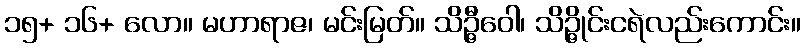
၁၅+ ၁၆+ လော။ မဟာရာဇ၊ မင်းမြတ်။ သိဉ္ဇီဝေါ၊ သိဉ္ဇိုင်းငရဲလည်းကောင်း။